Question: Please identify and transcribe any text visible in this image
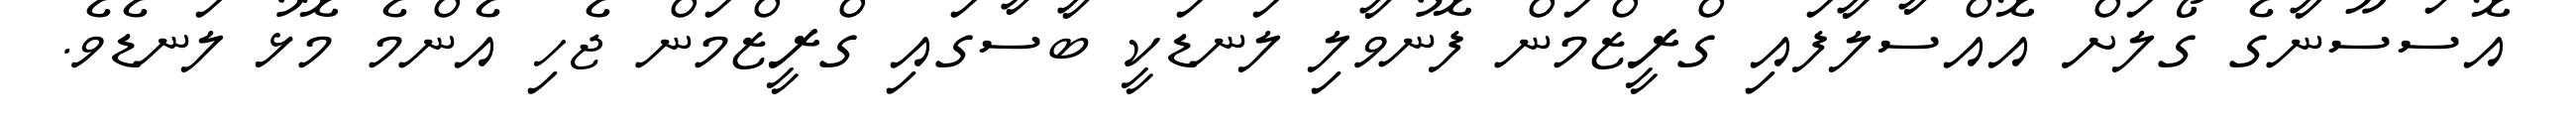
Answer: އޮސަސޫނާގެ ގޯލަށް އޮއްސާލާފައި ގްރީޒްމަން ފޮނުވާލި ލަނޑަކީ ބާސާގައި ގްރީޒްމަން ޖެހި އެންމެ މޮޅު ލަނޑެވެ.